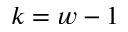
k = w - 1